Leaving Certificate Examination, 1919
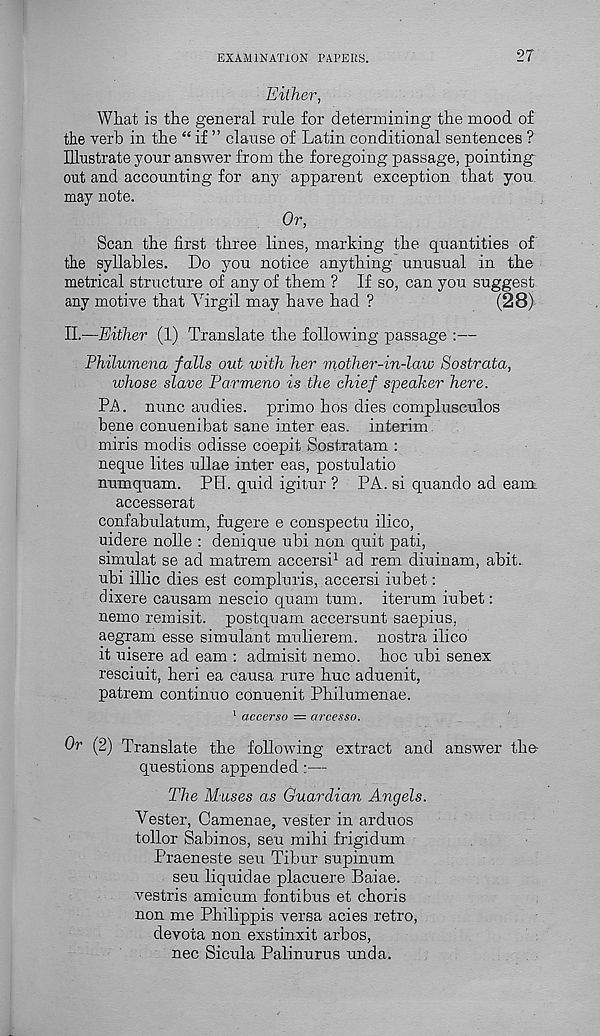
EXAMINATION PAPERS.
27
Either,
What is the general rule for determining the mood of
the verb in the “ if ” clause of Latin conditional sentences ?
Illustrate your answer from the foregoing passage, pointing
out and accounting for any apparent exception that you
may note.
Or,
Scan the first three lines, marking the quantities of
the syllables. Do you notice anything unusual in the
metrical structure of any of them ? If so, can you suggest
any motive that Virgil may have had ?
(28)
II.—Either (1) Translate the following passage :—
Philumena falls out with her mother-in-law Sostrata,
whose slave Varmeno is the chief speaker here.
PA. nunc audies. prime bos dies complusculos
bene conuenibat sane inter eas. interim.
miris modis odisse coepit Sostratam :
neque lites ullae inter eas, postulatio
numquam. PH. quid igitur ? PA. si quando ad earn
accesserat
confabulatum, fugere e conspectu ilico,
uidere nolle : denique ubi non quit pati,
simulat se ad matrem accersi 1 ad rem diuinam, abit.
ubi illic dies est compluris, accersi iubet:
dixere causam nescio quam turn, iterum iubet:
nemo remisit. postquam accersunt saepius,
aegram esse simulant mulierem. nostra ilico
it uisere ad earn : admisit nemo, hoc ^^bi senex
resciuit, heri ea causa rure hue aduenit,
patrem continue conuenit Philumenae.
1 accerso — arcesso.
Or (2) Translate the following extract and answer the-
questions appended:—
The Muses as Guardian Angels.
Vester, Camenae, vester in arduos
toiler Sabinos, seu mihi frigidum
I'raeneste seu Tibur supinum
seu liquidae placuere Baiae.
vestris amicum fontibus et choris
non me Philippis versa acies retro,
devota non exstinxit arbos,
nec Sicula Palinurus unda.